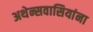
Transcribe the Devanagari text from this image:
अथेन्सवासियांना